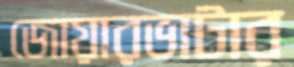
জোয়ারভাটার